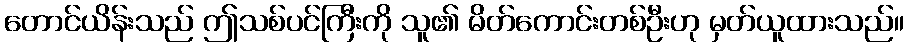
တောင်ယိန်းသည် ဤသစ်ပင်ကြီးကို သူ၏ မိတ်ကောင်းတစ်ဦးဟု မှတ်ယူထားသည်။